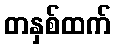
တနှစ်ထက်